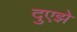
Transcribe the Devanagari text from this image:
दुएझे